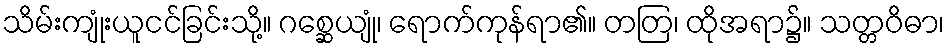
သိမ်းကျုံးယူငင်ခြင်းသို့။ ဂစ္ဆေယျုံ၊ ရောက်ကုန်ရာ၏။ တတြ၊ ထိုအရာ၌။ သတ္တဝိဓာ၊